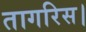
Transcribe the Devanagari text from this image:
तागरिस।